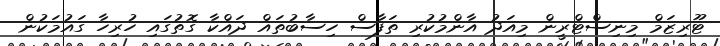
ޓޫރިޒަމް މިނިސްޓްރީން މިއަދު އާންމުކުރި ތަފާސް ހިސާބުތައް ދައްކާ ގޮތުގައި ހުރިހާ ގައުމަކުން